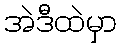
အဲဒီထဲမှာ